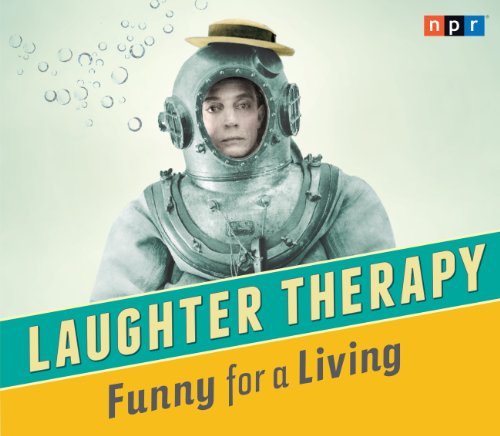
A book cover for NPR Laughter Therapy: Funny for a Living; NPR; Humor & Entertainment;